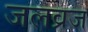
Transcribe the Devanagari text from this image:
जलव्रज